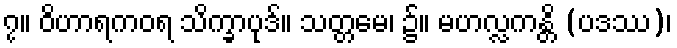
၇။ ဝိဟာရကဝရ သိက္ခာပုဒ်။ သတ္တမေ၊ ၌။ မဟလ္လကန္တိ (ပဒဿ)၊